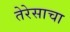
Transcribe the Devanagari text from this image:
तेरेसाचा